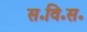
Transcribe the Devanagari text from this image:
स॰वि॰स॰